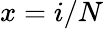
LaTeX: x=i/N